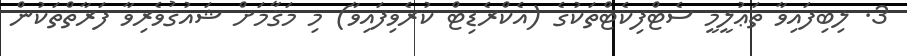
3. ލިބިފައިވާ ތަޢުލީމީ ސެޓްފިކެޓްތަކުގެ (އެކްރެޑިޓް ކުރެވިފައިވާ) މި މަޤާމަށް ޝައުޤުވެރިވާ ފަރާތްތަކުން